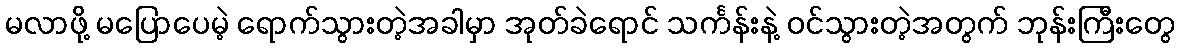
မလာဖို့ မပြောပေမဲ့ ရောက်သွားတဲ့အခါမှာ အုတ်ခဲရောင် သင်္ကန်းနဲ့ ဝင်သွားတဲ့အတွက် ဘုန်းကြီးတွေ